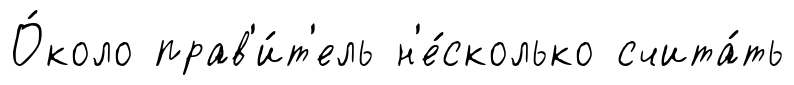
О́коло прав'и́т'ель н'е́сколько счита́ть